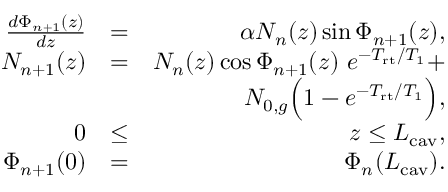
\begin{array} { r l r } { \frac { d \Phi _ { n + 1 } ( z ) } { d z } } & { = } & { \alpha N _ { n } ( z ) \sin \Phi _ { n + 1 } ( z ) , } \\ { N _ { n + 1 } ( z ) } & { = } & { N _ { n } ( z ) \cos \Phi _ { n + 1 } ( z ) \ e ^ { - T _ { \mathrm { r t } } / T _ { 1 } } + } \\ & { } & { N _ { 0 , g } \Big ( 1 - e ^ { - T _ { \mathrm { r t } } / T _ { 1 } } \Big ) , } \\ { 0 } & { \le } & { z \le L _ { \mathrm { c a v } } , } \\ { \Phi _ { n + 1 } ( 0 ) } & { = } & { \Phi _ { n } ( L _ { \mathrm { c a v } } ) . } \end{array}